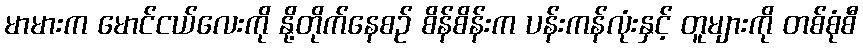
မာမားက မောင်ငယ်လေးကို နို့တိုက်နေစဉ် စိန်စိန်းက ပန်းကန်လုံးနှင့် တူများကို တစ်စုံစီ